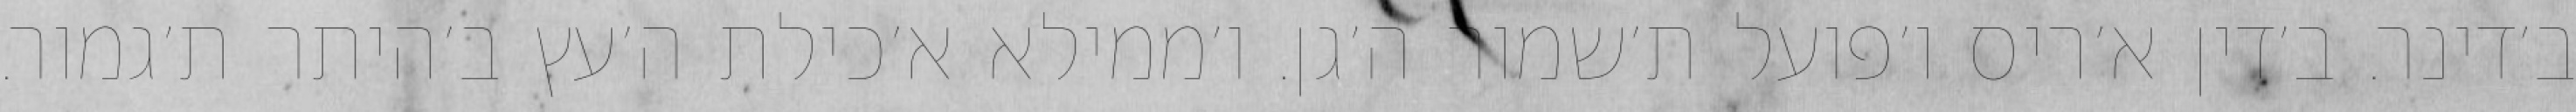
ב׳דינר. ב׳דין א׳ריס ו׳פועל ת׳שמור ה׳גן. ו׳ממילא א׳כילת ה׳עץ ב׳היתר ת׳גמור.